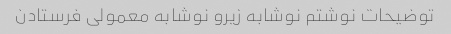
توضیحات نوشتم‌ نوشابه زیرو نوشابه معمولی فرستادن